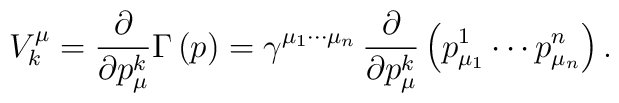
V_k^\mu =\frac \partial {\partial p_\mu ^k}\Gamma \left( p\right) =\gamma^{\mu _1\cdots \mu _n}\,\frac \partial {\partial p_\mu ^k}\left( p_{\mu_1}^1\cdots p_{\mu _n}^n\right) .